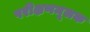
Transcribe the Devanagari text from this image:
परीक्षणमूलक